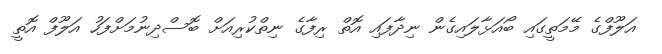
އަލޫފްގެ މޭމަތީގައި ބޯއަޅާލައިގެން ނިދާފައި އޮތް ރިފާގެ ނިތްކުރިއަށް ބޮސްދިނުމަށްފަހު އަލޫފް އޮތީ